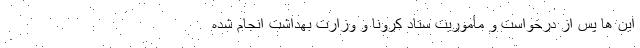
این ها پس از درخواست و مأموریت ستاد کرونا و وزارت بهداشت انجام شده